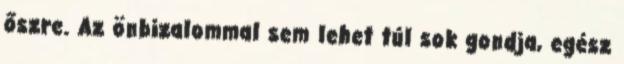
őszre. Az önbizalommal sem lehet túl sok gondja, egész